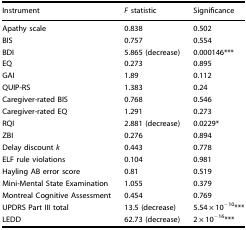
<table><thead><tr><td><b>Instrument</b></td><td><b><i>F</i> statistic</b></td><td><b>Significance</b></td></tr></thead><tbody><tr><td>Apathy scale</td><td>0.838</td><td>0.502</td></tr><tr><td>BIS</td><td>0.757</td><td>0.554</td></tr><tr><td>BDI</td><td>5.865 (decrease)</td><td>0.000146***</td></tr><tr><td>EQ</td><td>0.273</td><td>0.895</td></tr><tr><td>GAI</td><td>1.89</td><td>0.112</td></tr><tr><td>QUIP-RS</td><td>1.383</td><td>0.24</td></tr><tr><td>Caregiver-rated BIS</td><td>0.768</td><td>0.546</td></tr><tr><td>Caregiver-rated EQ</td><td>1.291</td><td>0.273</td></tr><tr><td>RQI</td><td>2.881 (decrease)</td><td>0.0229*</td></tr><tr><td>ZBI</td><td>0.276</td><td>0.894</td></tr><tr><td>Delay discount <i>k</i></td><td>0.443</td><td>0.778</td></tr><tr><td>ELF rule violations</td><td>0.104</td><td>0.981</td></tr><tr><td>Hayling AB error score</td><td>0.81</td><td>0.519</td></tr><tr><td>Mini-Mental State Examination</td><td>1.055</td><td>0.379</td></tr><tr><td>Montreal Cognitive Assessment</td><td>0.454</td><td>0.769</td></tr><tr><td>UPDRS Part III total</td><td>13.5 (decrease)</td><td>5.54 × 10<sup>−10</sup>***</td></tr><tr><td>LEDD</td><td>62.73 (decrease)</td><td>2 × 10<sup>−16</sup>***</td></tr></tbody></table>